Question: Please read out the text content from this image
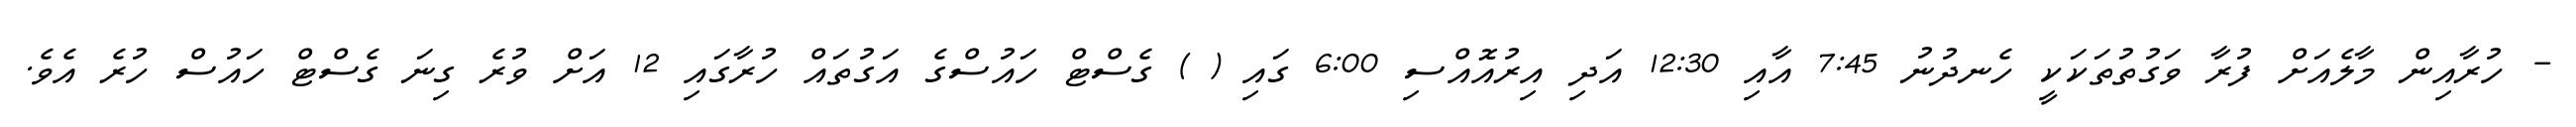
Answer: - ހުރާއިން މާލެއަށް ފުރާ ވަގުތުތަކަކީ ހެނދުނު 7:45 އާއި 12:30 އަދި އިރުއޮއްސި 6:00 ގައި ( ) ގެސްޓް ހައުސްގެ އަގުތައް ހުރާގައި 12 އަށް ވުރެ ގިނަ ގެސްޓް ހައުސް ހުރެ އެވެ.